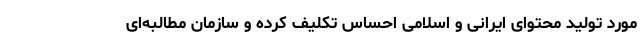
مورد تولید محتوای ایرانی و اسلامی احساس تکلیف کرده و سازمان مطالبه‌ای